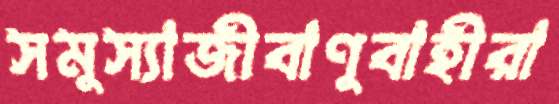
সমুস্যাজীবাণুবাহীরা